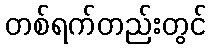
တစ်ရက်တည်းတွင်